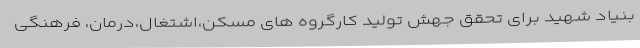
بنیاد شهید برای تحقق جهش تولید کارگروه های مسکن،اشتغال،درمان، فرهنگی